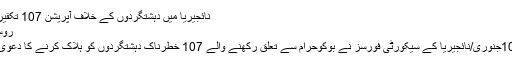
نائجیریا میں دہشتگردوں کے خلاف آپریشن 107 تکفیری ہلاک
روسیہ الیوم:
نیوزنور10جنوری/نائجیریا کے سیکورٹی فورسز نے بوکوحرام سے تعلق رکھنے والے 107 خطرناک دہشتگردوں کو ہلاک کرنے کا دعویٰ کیا ہے۔